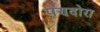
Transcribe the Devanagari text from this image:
पण्दोरा